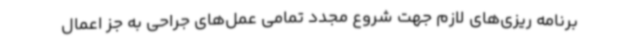
برنامه ریزی‌های لازم جهت شروع مجدد تمامی عمل‌های جراحی به جز اعمال